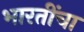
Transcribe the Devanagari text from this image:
भारतींचा